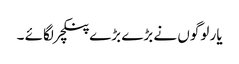
یار لوگوں نے بڑے بڑے پنکچر لگائے ۔